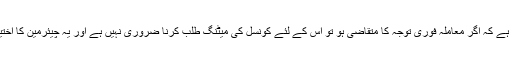
دوسری طرف جسٹس پرساد کی دلیل ہے کہ اگر معاملہ فوری توجہ کا متقاضی ہو تو اس کے لئے کونسل کی میٹنگ طلب کرنا ضروری نہیں ہے اور یہ چیئرمین کا اختیار ہے کہ وہ کب میٹنگ طلب کرے۔